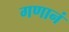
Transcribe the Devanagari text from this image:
गणानं